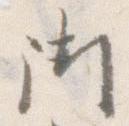
御